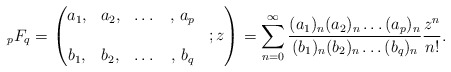
\begin{align*} {}_pF_{q}= \begin{pmatrix} a_1, & a_2, & \dots &,\, a_p & \\ & & & &; z \\ b_1, & b_2, & \dots &,\, b_q & \end{pmatrix} =\sum_{n=0}^\infty \frac{(a_1)_n(a_2)_n\dots (a_p)_n}{(b_1)_n(b_2)_n\dots (b_q)_n}\frac{z^n}{n!}. \end{align*}